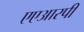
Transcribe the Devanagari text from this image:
एएआरपी